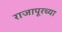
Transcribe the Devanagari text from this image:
राजापूरच्या